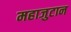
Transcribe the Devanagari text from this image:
महाजुटान